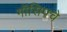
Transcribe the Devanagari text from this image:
गॉसिपचे